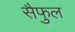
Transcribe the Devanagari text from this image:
सैफुल